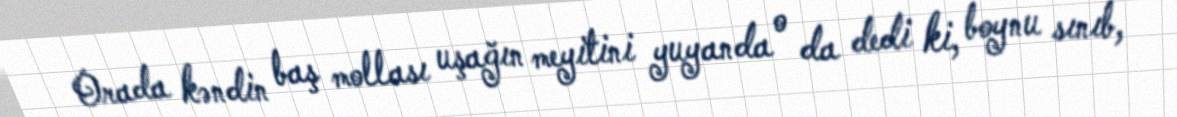
Orada kəndin baş mollası uşağın meyitini yuyanda o da dedi ki, boynu sınıb,